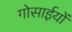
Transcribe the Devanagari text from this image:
गोसाईयों